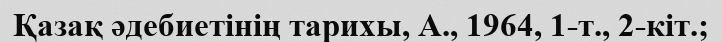
Қазақ әдебиетінің тарихы, А., 1964, 1-т., 2-кіт.;